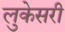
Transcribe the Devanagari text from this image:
लुकेसरी